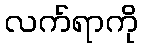
လက်ရာကို